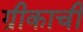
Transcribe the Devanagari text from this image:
ग्रीकाची